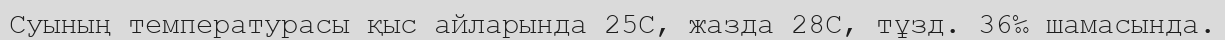
Суының температурасы қыс айларында 25С, жазда 28С, тұзд. 36‰ шамасында.